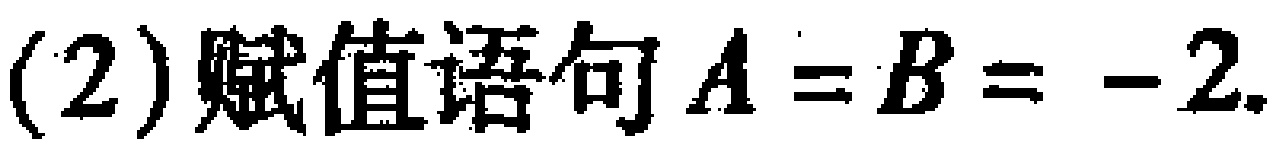
(2)赋值语句\(A = B = - 2\).